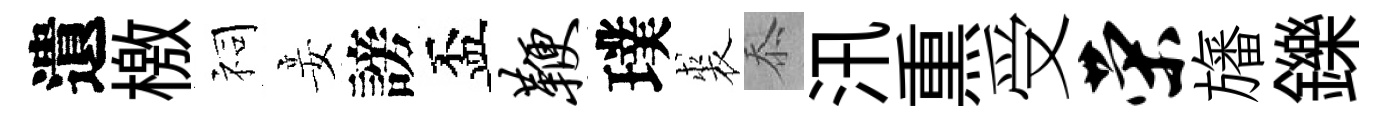
遺檄祠妾謗盃鞭璞裘忝汛𤋱受荣旛鑠